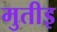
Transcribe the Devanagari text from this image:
मुतीइ